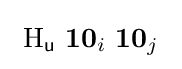
\ \mathrm {H} _{\mathsf {u}}\ \mathbf {10} _{i}\ \mathbf {10} _{j}\